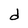
Character: d